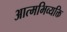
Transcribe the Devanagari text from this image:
आत्मभिव्यक्ति